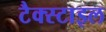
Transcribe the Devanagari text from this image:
टैक्स्टाइल